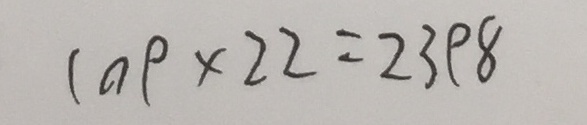
1 0 9 \times 2 2 = 2 3 9 8